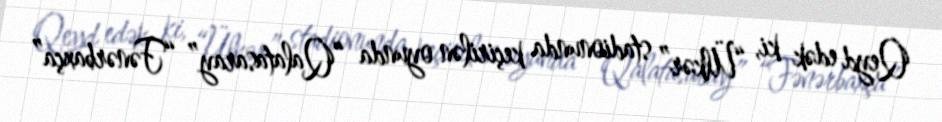
Qeyd edək ki, “Ülkər” stadionunda keçirilən oyunda “Qalatasaray” “Fənərbaxça”